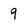
Character: q